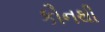
કૌનથી